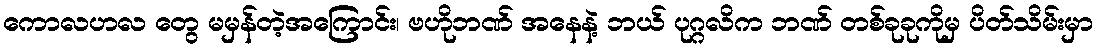
ကောလဟလ တွေ မမှန်တဲ့အကြောင်း၊ ဗဟိုဘဏ် အနေနဲ့ ဘယ် ပုဂ္ဂလိက ဘဏ် တစ်ခုခုကိုမှ ပိတ်သိမ်းမှာ